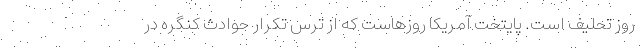
روز تحلیف است. پایتخت آمریکا روزهاست که از ترس تکرار حوادث کنگره در